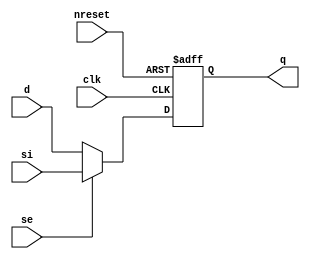
// This program was cloned from: https://github.com/aolofsson/oh
// License: MIT License

//#############################################################################
//# Function:  Positive edge-triggered static D-type flop-flop with async     #
//#            active low reset and scan input                                # 
//#                                                                           #
//# Copyright: OH Project Authors. All rights Reserved.                       #
//# License:   MIT (see LICENSE file in OH repository)                        # 
//#############################################################################

module oh_sdffrq #(parameter DW = 1) // array width
   (
    input [DW-1:0] 	d,
    input [DW-1:0] 	si,
    input [DW-1:0] 	se,
    input [DW-1:0] 	clk,
    input [DW-1:0] 	nreset,
    output reg [DW-1:0] q
    );
   
   always @ (posedge clk or negedge nreset)
     if(!nreset)
       q <= 'b0;
     else
       q <= se ? si : d;
      
endmodule